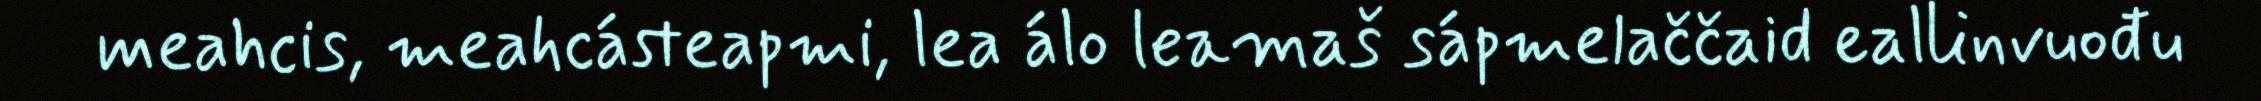
meahcis, meahcásteapmi, lea álo leamaš sápmelaččaid eallinvuođu